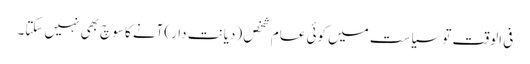
فی الوقت تو سیاست میں کوئی عام شخص (دیانت دار)آنے کا سوچ بھی نہیں سکتا۔